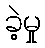
ခဲ့မှု